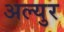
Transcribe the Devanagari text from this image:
अल्युर